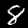
Label: 8